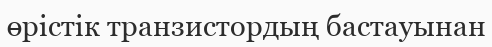
өрістік транзистордың бастауынан